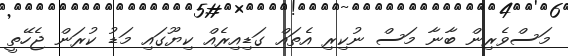
މަސްވެރިން ބާނާ މަސް ނުކިރި އެތައް ގަޑިއިރެއް ކިޔޫގައި މަޑު ކުރަން ޖެހޭތީ